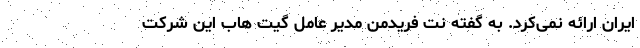
ایران ارائه نمی‌کرد. به گفته نت فریدمن مدیر عامل گیت هاب این شرکت